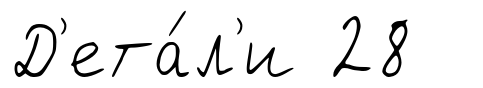
Д'ета́л'и 28